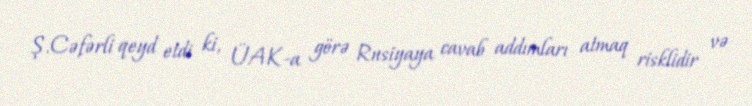
Ş.Cəfərli qeyd etdi ki, ÜAK-a görə Rusiyaya cavab addımları atmaq risklidir və